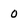
Character: 0